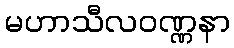
မဟာသီလဝဏ္ဏနာ